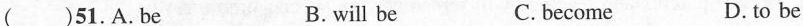
( )51. A.be B.will be C. become D. to be